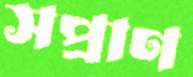
সপ্রাণ